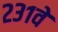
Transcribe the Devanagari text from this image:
२३१वे